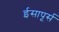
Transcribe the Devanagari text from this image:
ईसापूर्स